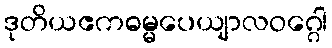
ဒုတိယဧကဓမ္မပေယျာလဝဂ္ဂေါ